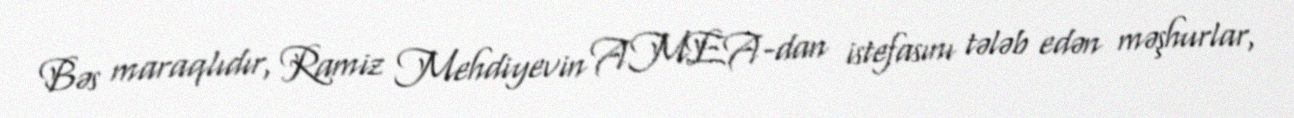
Bəs maraqlıdır, Ramiz Mehdiyevin AMEA-dan istefasını tələb edən məşhurlar,